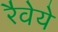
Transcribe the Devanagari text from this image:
रैवेये